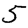
Digit: 5